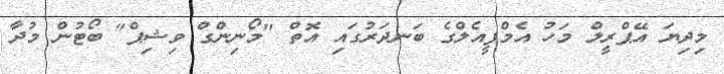
މިދިޔަ އޭޕްރީލް މަހު އެމްޕީއެލްގެ ބަނދަރުގައި އޮތް "މޯނިންގް ވިޝިޕް" ބޯޓުން މުދާ